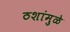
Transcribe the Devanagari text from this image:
ठशांमुळे